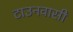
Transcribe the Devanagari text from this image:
टाउनवासी